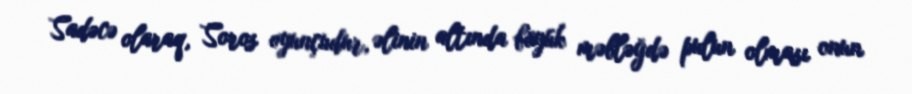
Sadəcə olaraq, Soros oyunçudur, əlinin altında böyük məbləğdə pulun olması onun